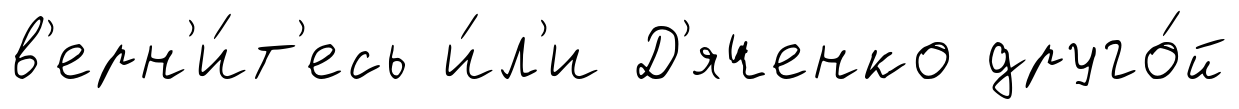
в'ерн'и́т'есь и́л'и Д'яченко друго́й